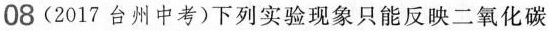
08 (2017台州中考)下列实验现象只能反映二氧化碳